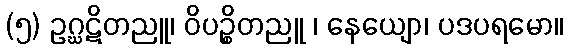
(၅) ဥဂ္ဃဋိတညူ၊ ဝိပဉ္စိတညူ ၊ နေယျော၊ ပဒပရမော။